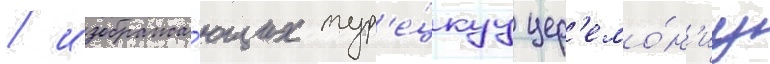
/ изобража́ющих тур'е́цкуу цер'емо́н'иу